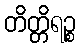
တိတ္တိရဉ္စ